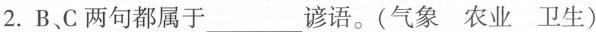
2. B、C两句都属于___谚语。(气象 农业 卫生)